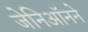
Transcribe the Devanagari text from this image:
जेनिऑनने